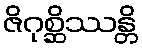
ဇိဂုစ္ဆိဿန္တိ